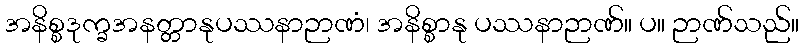
အနိစ္စဒုက္ခအနတ္တာနုပဿနာဉာဏံ၊ အနိစ္စာနု ပဿနာဉာဏ်။ ပ။ ဉာဏ်သည်။